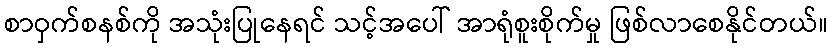
စာဝှက်စနစ်ကို အသုံးပြုနေရင် သင့်အပေါ် အာရုံစူးစိုက်မှု ဖြစ်လာစေနိုင်တယ်။